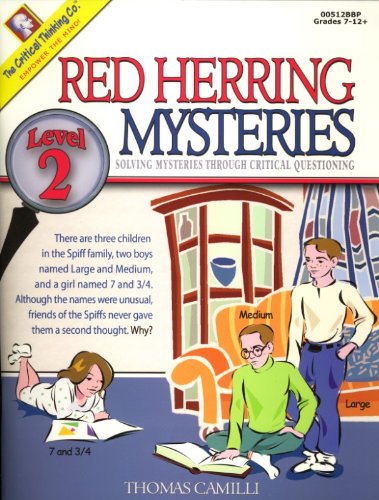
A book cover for Red Herring Mysteries: Solving Mysteries through Critical Questioning, Level 2/Grades 7-12+; Thomas Camilli; Teen & Young Adult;